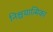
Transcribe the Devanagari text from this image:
निश्चयात्मिका